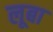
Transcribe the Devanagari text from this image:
लूबा